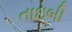
તાઇબી